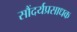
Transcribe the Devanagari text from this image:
सौंदर्यप्रसाधक